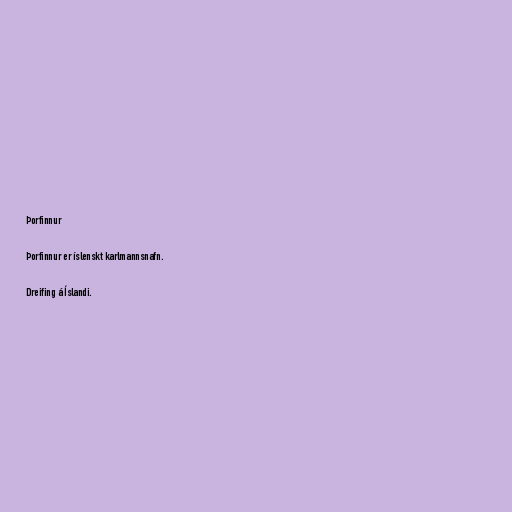
Þorfinnur

Þorfinnur er íslenskt karlmannsnafn.

Dreifing á Íslandi.